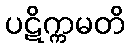
ပဋိက္ကမတိ